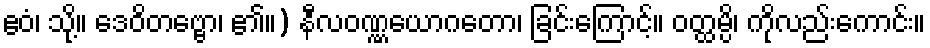
ဧဝံ၊ သို့။ ဒေဝိတဗ္ဗော၊ ၏။) နီလဝဏ္ဏယောဂတော၊ ခြင်းကြောင့်။ ဝတ္ထမ္ပိ၊ ကိုလည်းကောင်း။